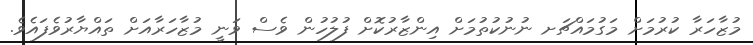
މުޒާހަރާ ކުރުމަށް މަގުމައްޗަށ ނުނުކުތުމަށް އިންޒާރުކޮށް ފުލުހުން ވެސް ވަނީ މުޒާހަރާއަށް ތައްޔާރުވެފައެވެ.